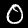
Digit: 0